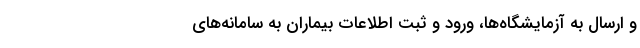
و ارسال به آزمایشگاه‌ها، ورود و ثبت اطلاعات بیماران به سامانه‌های